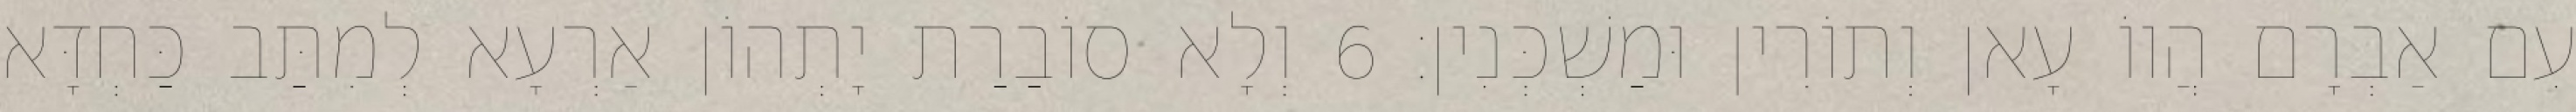
עִם אַבְרָם הֲווֹ עָאן וְתוֹרִין וּמַשְׁכְּנִין׃ 6 וְלָא סוֹבַרַת יָתְהוֹן אַרְעָא לְמִתַּב כַּחְדָּא